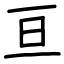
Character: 亘